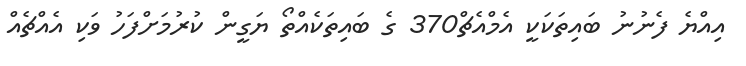
އިއްޔެ ފެނުނު ބައިތަކަކީ އެމްއެޗް370 ގެ ބައިތަކެއްތޯ ޔަގީން ކުރުމަށްފަހު ވަކި އެއްޗެއް